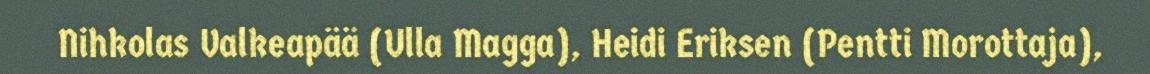
Nihkolas Valkeapää (Ulla Magga), Heidi Eriksen (Pentti Morottaja),